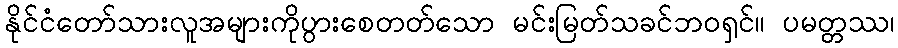
နိုင်ငံတော်သားလူအများကိုပွားစေတတ်သော မင်းမြတ်သခင်ဘဝရှင်။ ပမတ္တဿ၊